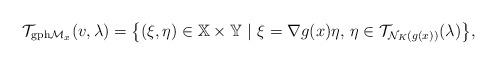
LaTeX: \begin{align*} \mathcal{T}_{{\rm gph}\mathcal{M}_{x}}(v,\lambda) =\big\{(\xi,\eta)\in\mathbb{X}\times\mathbb{Y}\ |\ \xi=\nabla g(x)\eta,\,\eta\in\mathcal{T}_{\mathcal{N}_{K}(g(x))}(\lambda)\big\}, \end{align*}